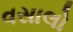
વસાલો